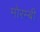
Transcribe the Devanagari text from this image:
मोरम्बी